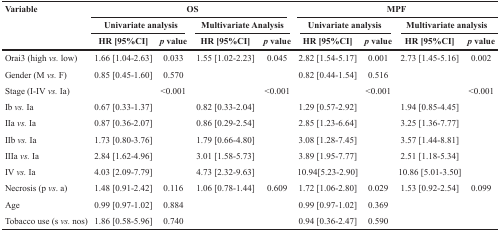
<table><thead><tr><td rowspan="3"><b>Variable</b></td><td colspan="4"><b>OS</b></td><td colspan="4"><b>MPF</b></td></tr><tr><td colspan="2"><b>Univariate analysis</b></td><td colspan="2"><b>Multivariate Analysis</b></td><td colspan="2"><b>Univariate analysis</b></td><td colspan="2"><b>Multivariate analysis</b></td></tr><tr><td><b>HR [95%CI]</b></td><td><b><i>p</i> value</b></td><td><b>HR [95%CI]</b></td><td><b><i>p</i> value</b></td><td><b>HR [95%CI]</b></td><td><b><i>p</i> value</b></td><td><b>HR [95%CI]</b></td><td><b><i>p</i> value</b></td></tr></thead><tbody><tr><td>Orai3 (high <i>vs.</i> low)</td><td>1.66 [1.04-2.63]</td><td>0.033</td><td>1.55 [1.02-2.23]</td><td>0.045</td><td>2.82 [1.54-5.17]</td><td>0.001</td><td>2.73 [1.45-5.16]</td><td>0.002</td></tr><tr><td>Gender (M <i>vs.</i> F)</td><td>0.85 [0.45-1.60]</td><td>0.570</td><td></td><td></td><td>0.82 [0.44-1.54]</td><td>0.516</td><td></td><td></td></tr><tr><td>Stage (I-IV <i>vs.</i> Ia)</td><td></td><td>&lt;0.001</td><td></td><td>&lt;0.001</td><td></td><td>&lt;0.001</td><td></td><td>&lt;0.001</td></tr><tr><td>Ib <i>vs.</i> Ia</td><td>0.67 [0.33-1.37]</td><td></td><td>0.82 [0.33-2.04]</td><td></td><td>1.29 [0.57-2.92]</td><td></td><td>1.94 [0.85-4.45]</td><td></td></tr><tr><td>IIa <i>vs.</i> Ia</td><td>0.87 [0.36-2.07]</td><td></td><td>0.86 [0.29-2.54]</td><td></td><td>2.85 [1.23-6.64]</td><td></td><td>3.25 [1.36-7.77]</td><td></td></tr><tr><td>IIb <i>vs.</i> Ia</td><td>1.73 [0.80-3.76]</td><td></td><td>1.79 [0.66-4.80]</td><td></td><td>3.08 [1.28-7.45]</td><td></td><td>3.57 [1.44-8.81]</td><td></td></tr><tr><td>IIIa <i>vs.</i> Ia</td><td>2.84 [1.62-4.96]</td><td></td><td>3.01 [1.58-5.73]</td><td></td><td>3.89 [1.95-7.77]</td><td></td><td>2.51 [1.18-5.34]</td><td></td></tr><tr><td>IV <i>vs.</i> Ia</td><td>4.03 [2.09-7.79]</td><td></td><td>4.73 [2.32-9.63]</td><td></td><td>10.94[5.23-2.90]</td><td></td><td>10.86 [5.01-3.50]</td><td></td></tr><tr><td>Necrosis (p vs. a)</td><td>1.48 [0.91-2.42]</td><td>0.116</td><td>1.06 [0.78-1.44]</td><td>0.609</td><td>1.72 [1.06-2.80]</td><td>0.029</td><td>1.53 [0.92-2.54]</td><td>0.099</td></tr><tr><td>Age</td><td>0.99 [0.97-1.02]</td><td>0.884</td><td></td><td></td><td>0.99 [0.97-1.02]</td><td>0.369</td><td></td><td></td></tr><tr><td>Tobacco use (s <i>vs.</i> nos)</td><td>1.86 [0.58-5.96]</td><td>0.740</td><td></td><td></td><td>0.94 [0.36-2.47]</td><td>0.590</td><td></td><td></td></tr></tbody></table>